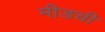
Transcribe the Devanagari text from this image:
मीडची